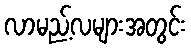
လာမည့်လများအတွင်း